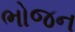
ભોજન